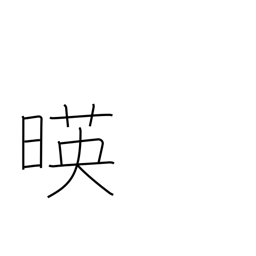
Meaning: sun beginning decline